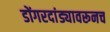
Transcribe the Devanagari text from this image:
डोंगरदांड्यावरूनच